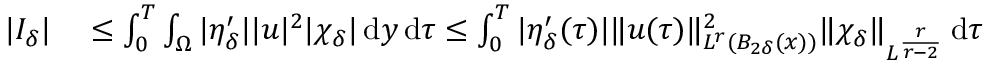
\begin{array} { r l } { | I _ { \delta } | } & { { } \leq \int _ { 0 } ^ { T } \int _ { \Omega } | \eta _ { \delta } ^ { \prime } | | u | ^ { 2 } | \chi _ { \delta } | \, \mathrm { d } y \, \mathrm { d } \tau \leq \int _ { 0 } ^ { T } | \eta _ { \delta } ^ { \prime } ( \tau ) | \| u ( \tau ) \| _ { L ^ { r } ( B _ { 2 \delta } ( x ) ) } ^ { 2 } \| \chi _ { \delta } \| _ { L ^ { \frac { r } { r - 2 } } } \, \mathrm { d } \tau } \end{array}